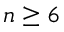
n \ge 6